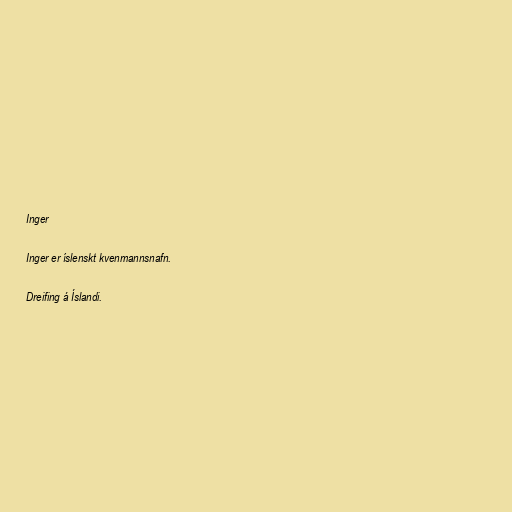
Inger

Inger er íslenskt kvenmannsnafn.

Dreifing á Íslandi.